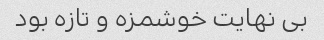
بی نهایت خوشمزه و تازه بود